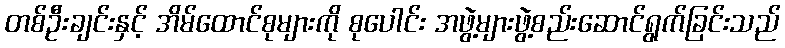
တစ်ဦးချင်းနှင့် အိမ်ထောင်စုများကို စုပေါင်း အဖွဲ့များဖွဲ့စည်းဆောင်ရွက်ခြင်းသည်